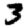
Digit: 3